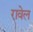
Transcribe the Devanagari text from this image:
रावेल